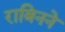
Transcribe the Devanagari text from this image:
राबिनने